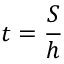
t = \frac { S } { h }